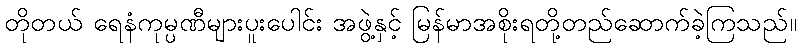
တိုတယ် ရေနံကုမ္ပဏီများပူးပေါင်း အဖွဲ့နှင့် မြန်မာအစိုးရတို့တည်ဆောက်ခဲ့ကြသည်။